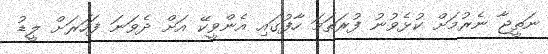
ނަތީޖާ ނެރުމަށް ކުޅެވުނު ފުރަތަމަ ހާފުގައި އެންވީކޭ އަށް ދެވަނަ ފަހަރަށް ލީޑު